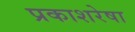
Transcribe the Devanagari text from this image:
प्रकाशरेषा